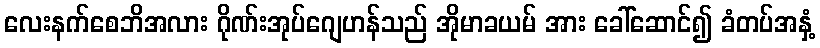
လေးနက်စေဘိအလား ဂိုဏ်းအုပ်ဂျေဟန်သည် အိုမာခယမ် အား ခေါ်ဆောင်၍ ခံတပ်အနှံ့